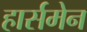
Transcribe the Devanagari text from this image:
हार्समेन